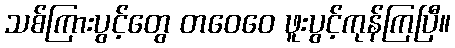
သစ်ကြားပွင့်တွေ တဝေဝေ ဖူးပွင့်ကုန်ကြပြီ။